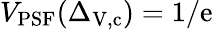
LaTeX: V_{\mathrm{PSF}}(\Delta_{\mathrm{V},\mathrm{c}})=1/\mathrm{e}